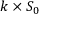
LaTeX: k \times S _ { 0 }